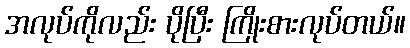
အလုပ်ကိုလည်း ပိုပြီး ကြိုးစားလုပ်တယ်။